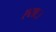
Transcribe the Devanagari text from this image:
एस६३